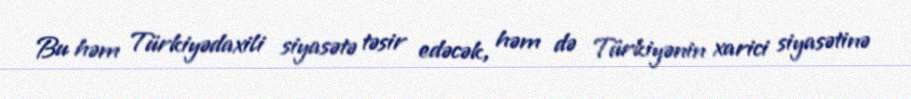
Bu həm Türkiyədaxili siyasətə təsir edəcək, həm də Türkiyənin xarici siyasətinə